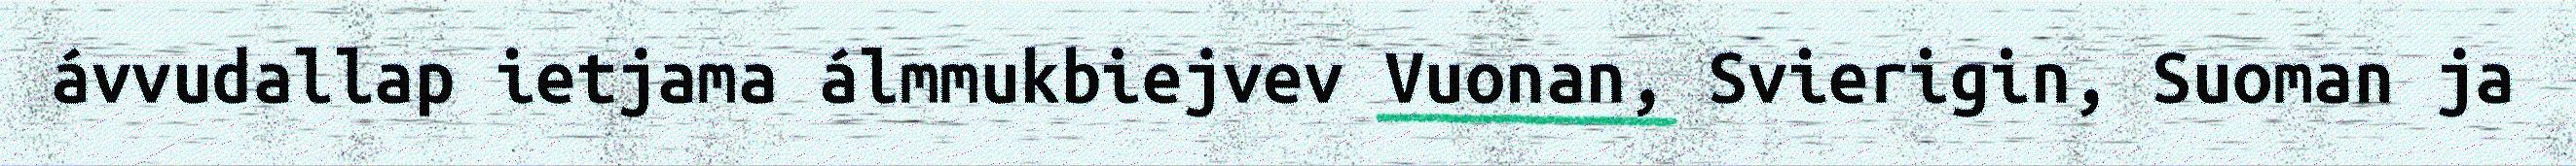
ávvudallap ietjama álmmukbiejvev Vuonan, Svierigin, Suoman ja